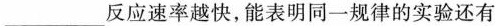
___反应速率越快，能表明同一规律的实验还有